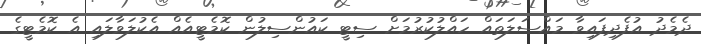
ދެމެދު އުފެދިފައިވާ މައްސަލަތައް ހައްލުކުރުމަށް ސިޓީ ކައުންސިލުން ކޮމެޓީއެއް އެކުލަވާލައި އެ ކޮމެޓީގެ